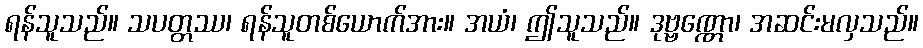
ရန်သူသည်။ သပတ္တဿ၊ ရန်သူတစ်ယောက်အား။ အယံ၊ ဤသူသည်။ ဒုဗ္ဗဏ္ဏော၊ အဆင်းမလှသည်။